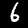
Label: 6